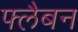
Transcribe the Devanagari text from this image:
फ्लैबन